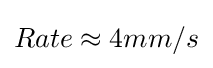
Rate\approx 4mm/s